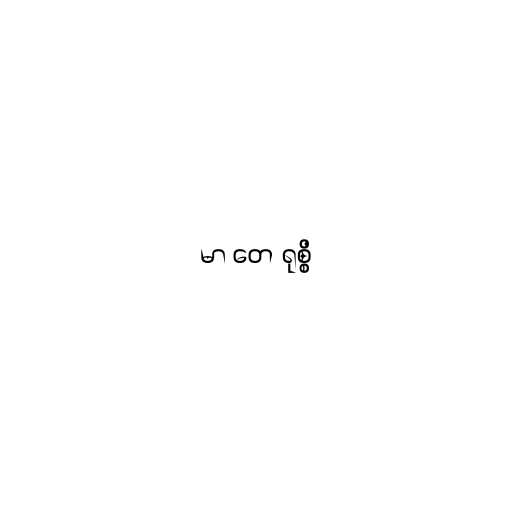
မာ တေ ရုစ္စိ